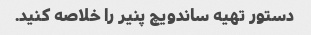
دستور تهیه ساندویچ پنیر را خلاصه کنید.